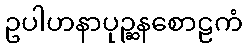
ဥပါဟနာပုဉ္ဆနစောဠကံ